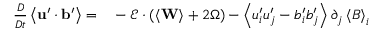
\begin{array} { r l } { \frac { D } { D t } \left\langle \mathbf { u } ^ { \prime } \cdot \mathbf { b } ^ { \prime } \right\rangle = } & { { } - \boldsymbol { \mathcal { E } } \cdot \left( \left\langle \mathbf { W } \right\rangle + 2 \boldsymbol { \Omega } \right) - \left\langle u _ { i } ^ { \prime } u _ { j } ^ { \prime } - b _ { i } ^ { \prime } b _ { j } ^ { \prime } \right\rangle \partial _ { j } \left\langle B \right\rangle _ { i } } \end{array}